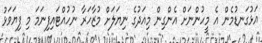
އަޅުގަނޑުމެން އެ މީހުންނަށް އެންގިން މިއަދުގެ ނިޔަލަށް މުޒާހަރާ ނުހުއްޓައިފިނަމަ މި ފިޔަވަޅު